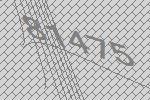
81475